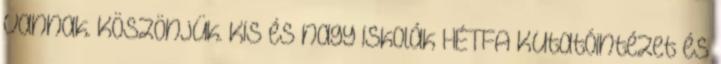
vannak. Köszönjük. Kis és nagy iskolák HÉTFA Kutatóintézet és